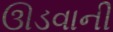
ઊડવાની